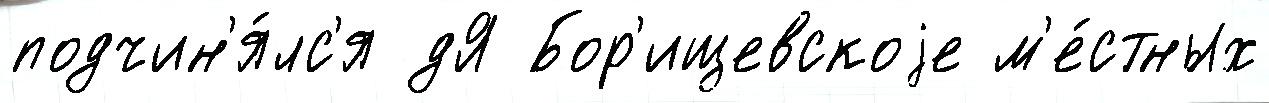
подчин'я́лс'я дЯ Бор'ищевскоjе м'е́стных